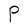
Character: P